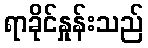
ရာခိုင်နှုန်းသည်